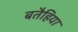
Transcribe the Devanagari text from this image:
बतैहिया